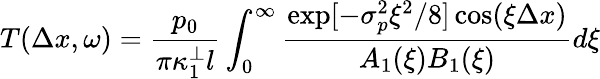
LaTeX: T(\Delta x,\omega)=\frac{p_{0}}{\pi\kappa_{1}^{\perp}l}\int_{0}^{\infty}\frac{\exp[-\sigma_{p}^{2}\xi^{2}/8]\cos(\xi\Delta x)}{A_{1}(\xi)B_{1}(\xi)}d\xi